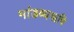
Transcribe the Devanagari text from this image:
मांडव्यऋषि